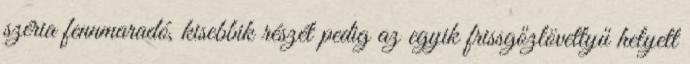
széria fennmaradó, kisebbik részét pedig az egyik frissgőzlövettyű helyett